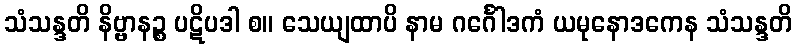
သံသန္ဒတိ နိဗ္ဗာနဉ္စ ပဋိပဒါ စ။ သေယျထာပိ နာမ ဂင်္ဂေါဒကံ ယမုနောဒကေန သံသန္ဒတိ